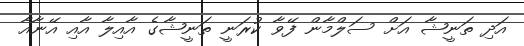
އަދި ތަނީޝާ އަށް ސަލްމާން ފޭވާ ކުރަނީ ތަނީޝާގެ އާއިލާ އާއި އޭނާއާ